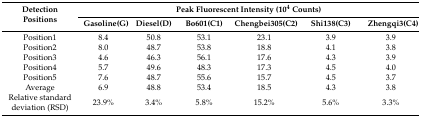
| <ROWSPAN=2> Detection Positions | <COLSPAN=6> Peak Fluorescent Intensity (104 Counts) |
 | Gasoline(G) | Diesel(D) | Bo601(C1) | Chengbei305(C2) | Shi138(C3) | Zhengqi3(C4) |
 | --- | --- | --- | --- | --- | --- | --- |
 | Position1 | 8.4 | 50.8 | 53.1 | 23.1 | 3.9 | 3.9 |
 | Position2 | 8.0 | 48.7 | 53.8 | 18.8 | 4.1 | 3.8 |
 | Position3 | 4.6 | 46.3 | 56.1 | 17.6 | 4.3 | 3.9 |
 | Position4 | 5.7 | 49.6 | 48.3 | 17.3 | 4.5 | 4.0 |
 | Position5 | 7.6 | 48.7 | 55.6 | 15.7 | 4.5 | 3.7 |
 | Average | 6.9 | 48.8 | 53.4 | 18.5 | 4.3 | 3.8 |
 | Relative standard deviation (RSD) | 23.9% | 3.4% | 5.8% | 15.2% | 5.6% | 3.3% |